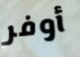
أوفر